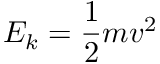
E _ { k } = { \frac { 1 } { 2 } } m v ^ { 2 }